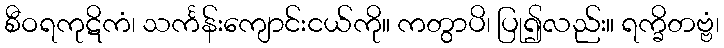
စီဝရကုဋိကံ၊ သင်္ကန်းကျောင်းငယ်ကို။ ကတွာပိ၊ ပြု၍လည်း။ ရက္ခိတဗ္ဗံ၊